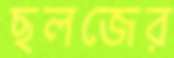
ছলজের